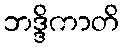
ဘဒ္ဒိကာတိ